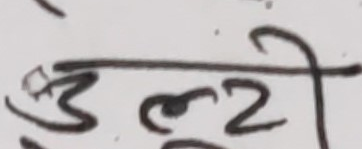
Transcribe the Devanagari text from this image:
उल्टी